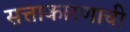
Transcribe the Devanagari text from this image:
सत्ताकारणाची